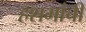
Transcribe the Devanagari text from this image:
हशमांची